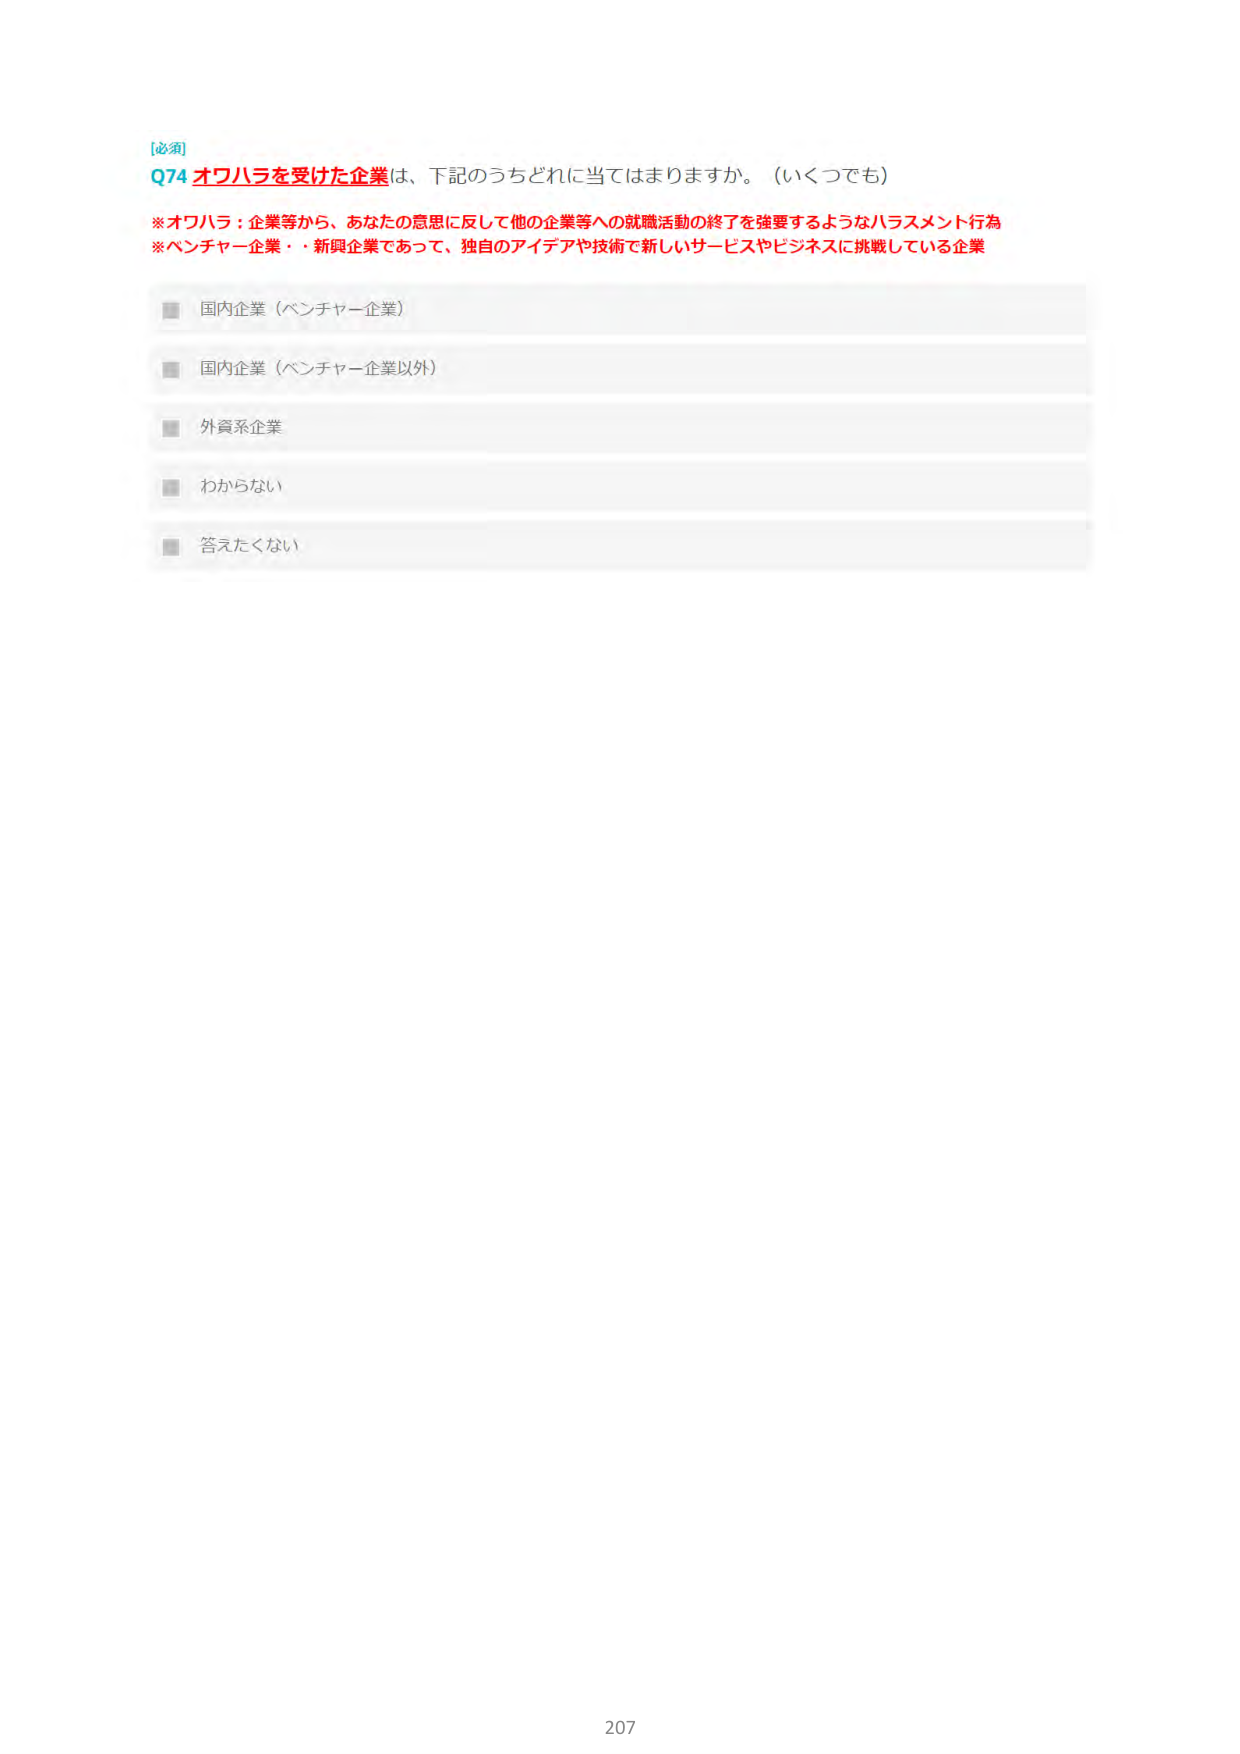
[必須]
Q74 オワハラを受けた企業は、下記のうちどれに当てはまりますか。（いくつでも）

※オワハラ：企業等から、あなたの意思に反して他の企業等への就職活動の終了を強要するようなハラスメント行為
※ベンチャー企業・新興企業であって、独自のアイデアや技術で新しいサービスやビジネスに挑戦している企業

■ 国内企業（ベンチャー企業）
■ 国内企業（ベンチャー企業以外）
■ 外資系企業
■ わからない
■ 答えたくない

207